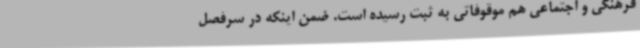
فرهنگی و اجتماعی هم موقوفاتی به ثبت رسیده است. ضمن اینکه در سرفصل